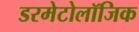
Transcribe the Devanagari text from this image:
डरमेटोलॉजिक